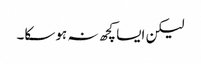
لیکن ایسا کچھ نہ ہوسکا۔